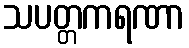
သပတ္တကရဏာ